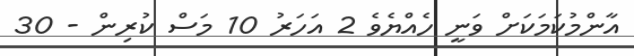
އާންމުކަމަކަށް ވަނީ ހެއްޔެވެ 2 އަހަރު 10 މަސް ކުރިން - 30